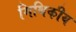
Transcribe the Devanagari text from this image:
मिथिकीय